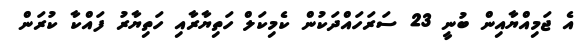
އެ ޖަމިއްޔާއިން ބުނީ 23 ސަރަހައްދަކުން ކެމިކަލް ހަތިޔާރާއި ހަތިޔާރު ފައްކާ ކުރަން